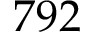
7 9 2